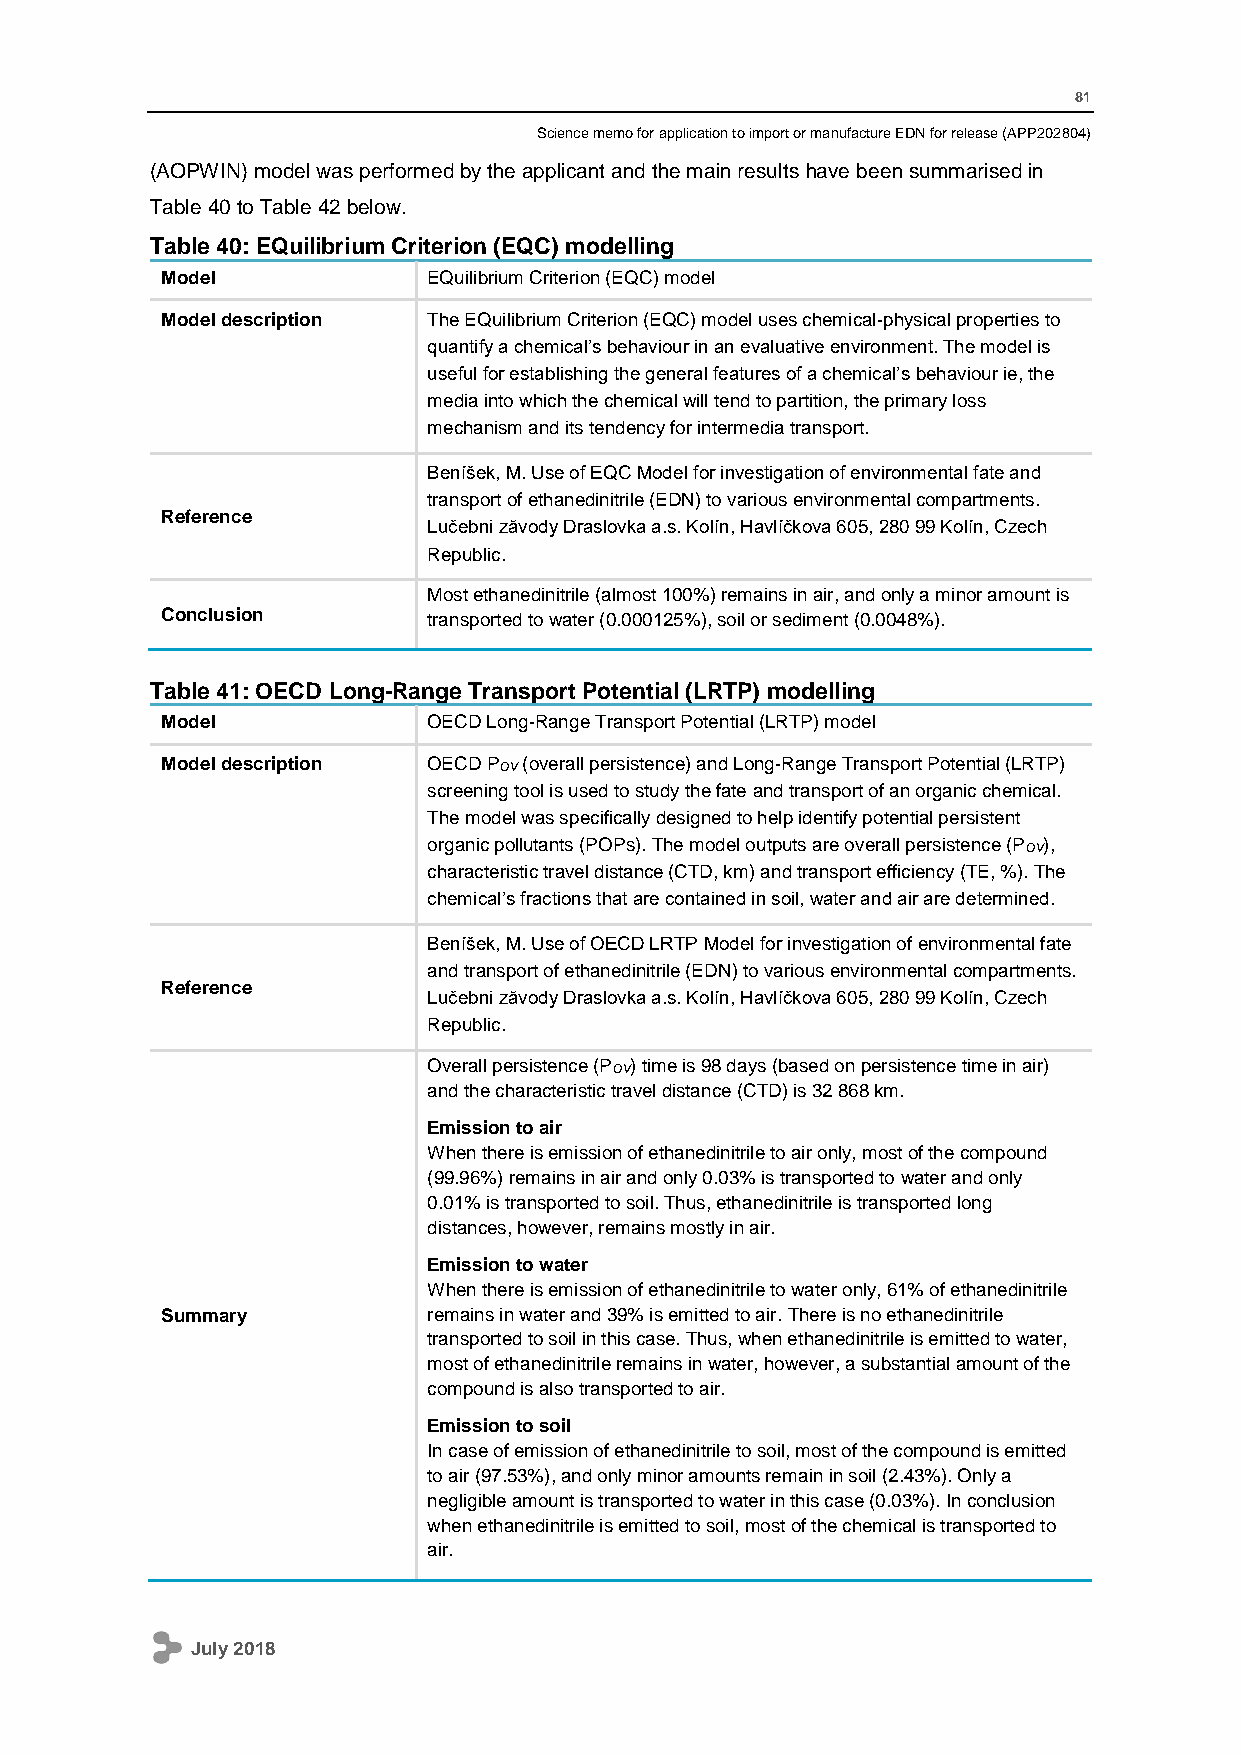
81
 Science memo for application to import or manufacture EDN for release (APP202804)
 (AOPWIN) model was performed by the applicant and the main results have been summarised in
 Table 40 to Table 42 below.
 Table 40: EQuilibrium Criterion (EQC) modelling
 Model            EQuilibrium Criterion (EQC) model
 Model description The EQuilibrium Criterion (EQC) model uses chemical-physical properties to
 quantify a chemical’s behaviour in an evaluative environment. The model is
 useful for establishing the general features of a chemical’s behaviour ie, the
 media into which the chemical will tend to partition, the primary loss
 mechanism and its tendency for intermedia transport.
 Beníšek, M. Use of EQC Model for investigation of environmental fate and
 transport of ethanedinitrile (EDN) to various environmental compartments.
 Reference
 Lučebni zăvody Draslovka a.s. Kolín, Havlíčkova 605, 280 99 Kolín, Czech
 Republic.
 Most ethanedinitrile (almost 100%) remains in air, and only a minor amount is
 Conclusion       transported to water (0.000125%), soil or sediment (0.0048%).
 Table 41: OECD Long-Range Transport Potential (LRTP) modelling
 Model            OECD Long-Range Transport Potential (LRTP) model
 Model description OECD POV (overall persistence) and Long-Range Transport Potential (LRTP)
 screening tool is used to study the fate and transport of an organic chemical.
 The model was specifically designed to help identify potential persistent
 organic pollutants (POPs). The model outputs are overall persistence (POV),
 characteristic travel distance (CTD, km) and transport efficiency (TE, %). The
 chemical’s fractions that are contained in soil, water and air are determined.
 Beníšek, M. Use of OECD LRTP Model for investigation of environmental fate
 and transport of ethanedinitrile (EDN) to various environmental compartments.
 Reference
 Lučebni zăvody Draslovka a.s. Kolín, Havlíčkova 605, 280 99 Kolín, Czech
 Republic.
 Overall persistence (POV) time is 98 days (based on persistence time in air)
 and the characteristic travel distance (CTD) is 32 868 km.
 Emission to air
 When there is emission of ethanedinitrile to air only, most of the compound
 (99.96%) remains in air and only 0.03% is transported to water and only
 0.01% is transported to soil. Thus, ethanedinitrile is transported long
 distances, however, remains mostly in air.
 Emission to water
 When there is emission of ethanedinitrile to water only, 61% of ethanedinitrile
 Summary          remains in water and 39% is emitted to air. There is no ethanedinitrile
 transported to soil in this case. Thus, when ethanedinitrile is emitted to water,
 most of ethanedinitrile remains in water, however, a substantial amount of the
 compound is also transported to air.
 Emission to soil
 In case of emission of ethanedinitrile to soil, most of the compound is emitted
 to air (97.53%), and only minor amounts remain in soil (2.43%). Only a
 negligible amount is transported to water in this case (0.03%). In conclusion
 when ethanedinitrile is emitted to soil, most of the chemical is transported to
 air.
 July 2018